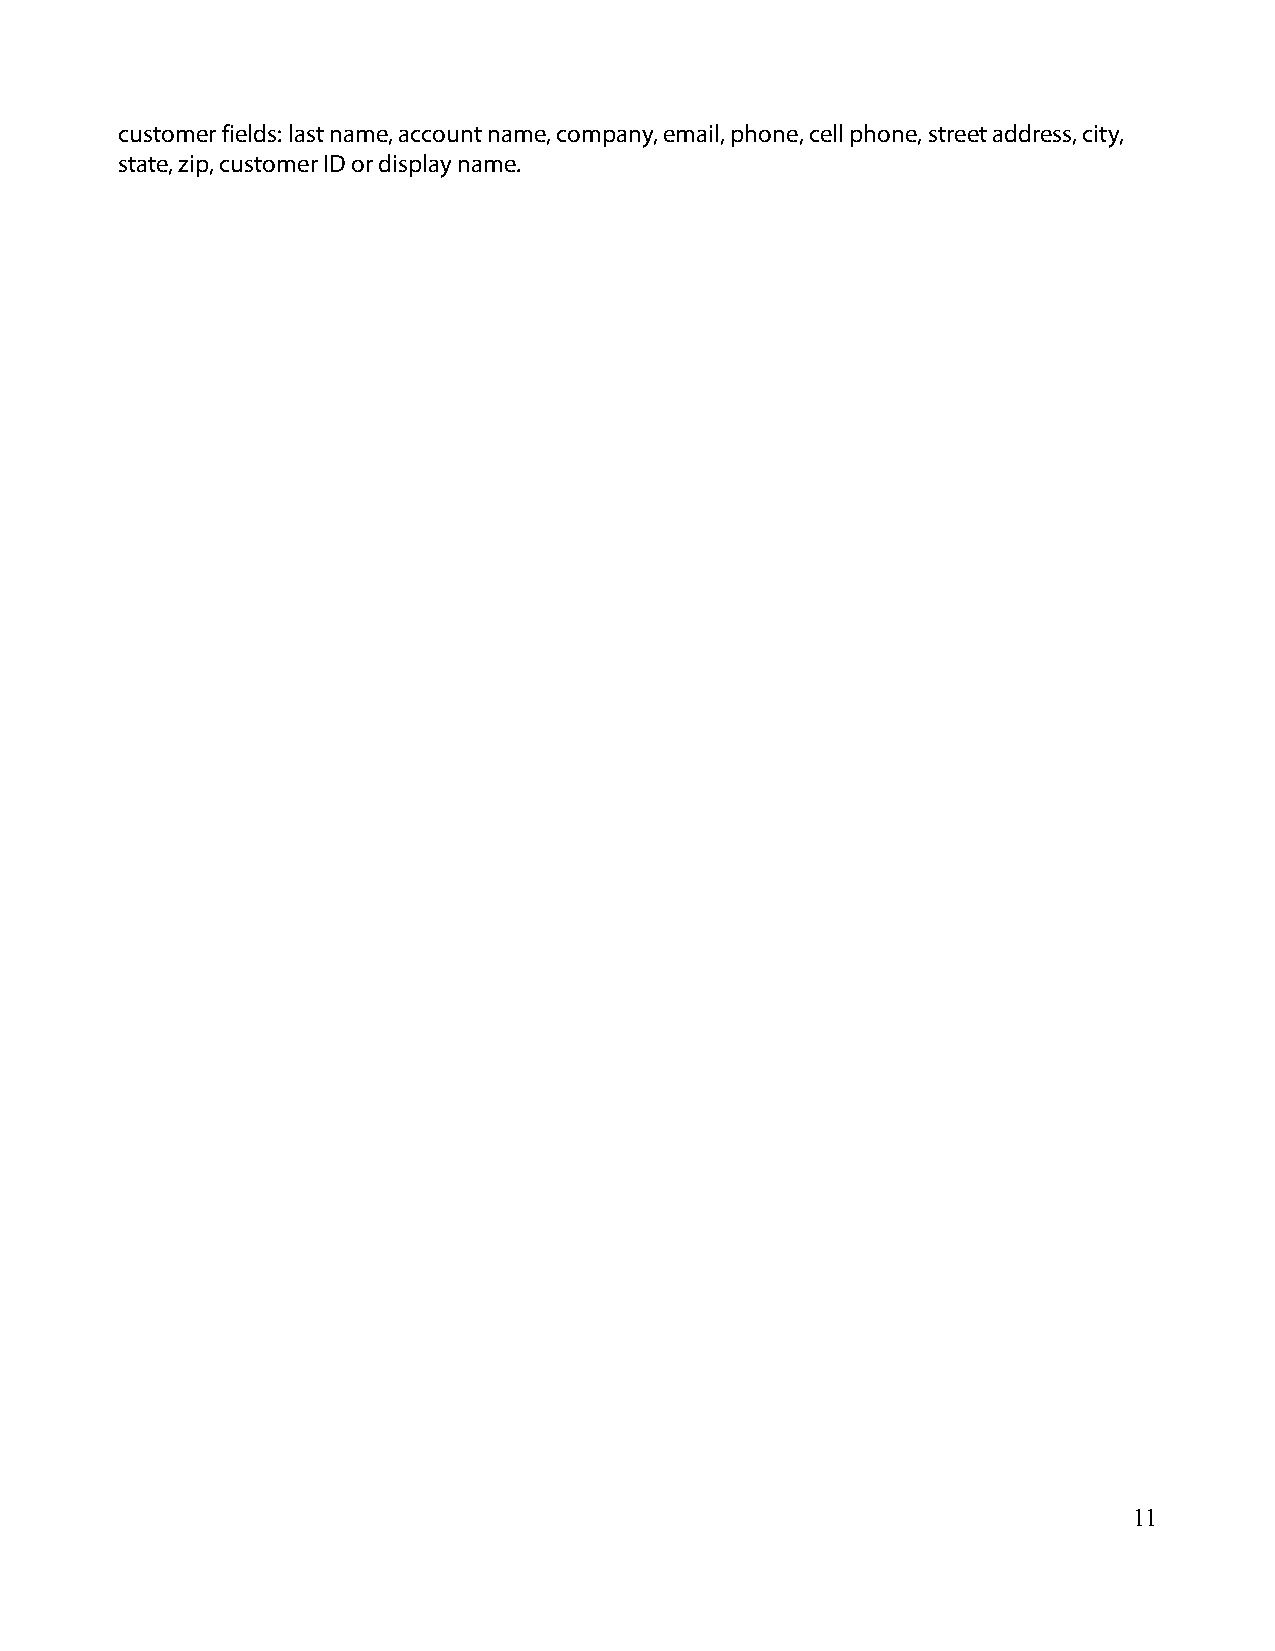
customer fields: last name, account name, company, email, phone, cell phone, street address, city,
 state, zip, customer ID or display name.
 11